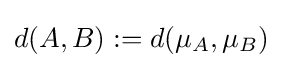
d(A,B):=d(\mu _{A},\mu _{B})